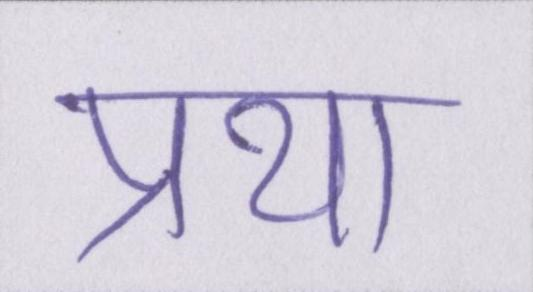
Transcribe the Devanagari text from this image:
प्रथा